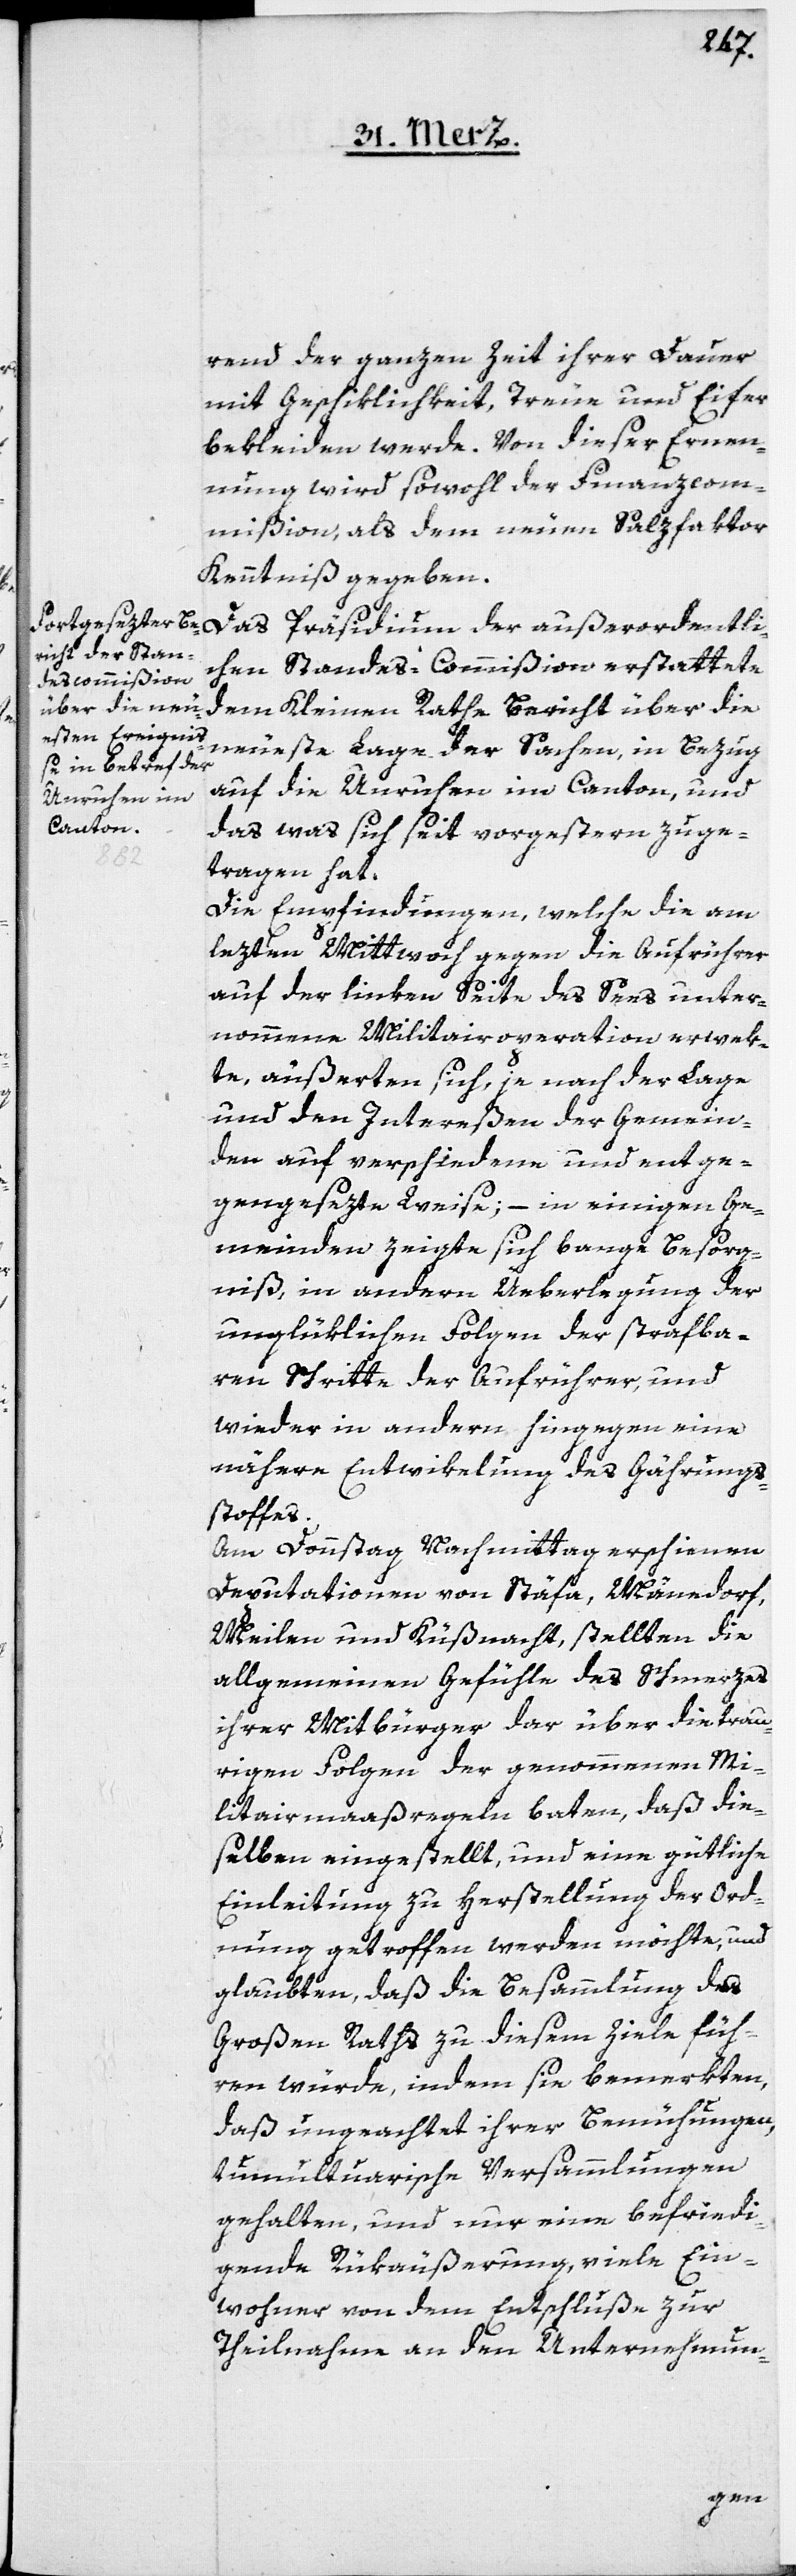
außeror¬
rend der ganzen Zeit ihrer Dauer
mit Geschiklichkeit, Treue und Eifer
bekleiden werde. Von dieser Ernen¬
nung wird sowohl der Finanzcom¬
mißion als dem neuen Salzfaktor
Kenntniß gegeben.
ichen Standes-Commißion erstattete
dem Kleinen Rathe Bericht über die
neueste Lage der Sachen, in Bezug
auf die Unruhen im Canton, und
das was sich seit vorgestern zuge¬
tragen hat.
Die Empfindungen, welche die am
lezten Mittwoch gegen die Aufrührer
auf der linken Seite des Sees unter¬
nommene Militairoperation erwek¬
te, äußerten sich, je nach der Lage
und den Intereßen der Gemein¬
den auf verschiedene und entge¬
gengesezte Weise; – in einigen Ge¬
meinden zeigte sich bange Besorg¬
niß, in andern Üeberlegung der
unglüklichen Folgen der strafba¬
ren Schritte der Aufrührer, und
wieder in andern hingegen eine
nähere Entwiklung des Gährungs¬
stoffes.
Am Donnstag Nachmittag erschienen
Deputationen von Stäfa, Männedorf,
Meilen und Küßnacht, stellten die
allgemeinen Gefühle des Schmerzes
ihrer Mitbürger dar über die trau¬
rigen Folgen der genommenen Mi¬
litairmaaßregeln baten, daß die¬
selben eingestellt, und eine gütliche
Einleitung zu Herstellung der Ord¬
nung getroffen werden möchte, und
glaubten, daß die Besammlung des
Großen Raths zu diesem Ziele füh¬
ren würde, indem sie bemerkten,
daß ungeachtet ihrer Bemühungen,
tumultuarische Versammlungen
gehalten, und nur eine befriedi¬
gende Rükäußerung, viele Ein¬
wohner von dem Entschluße zur
Theilnahme an den Unternehmun-
dentl¬